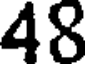
48